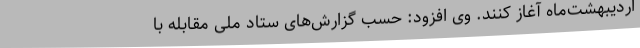
اردیبهشت‌ماه آغاز کنند. وی افزود: حسب گزارش‌های ستاد ملی مقابله با